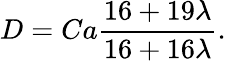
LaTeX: D=Ca\frac{16+19\lambda}{16+16\lambda}.